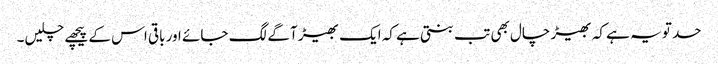
حد تو یہ ہے کہ بھیڑ چال بھی تب بنتی ہے کہ ایک بھیڑ آگے لگ جائے اور باقی اس کے پیچھے چلیں۔